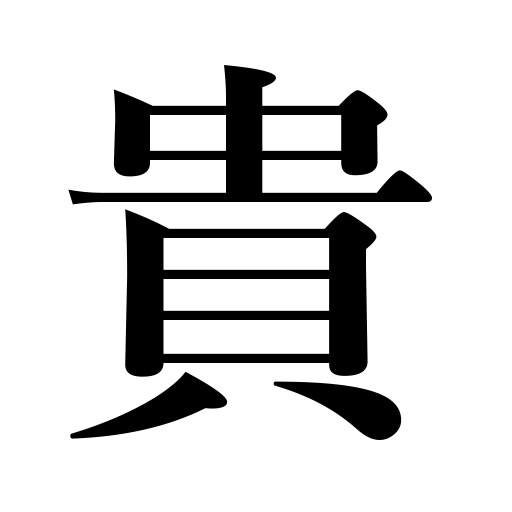
Meanings: respect,noble,precious,esteem,venerable,exalted,honor,revere,value,prize,valuable